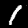
Digit: 1